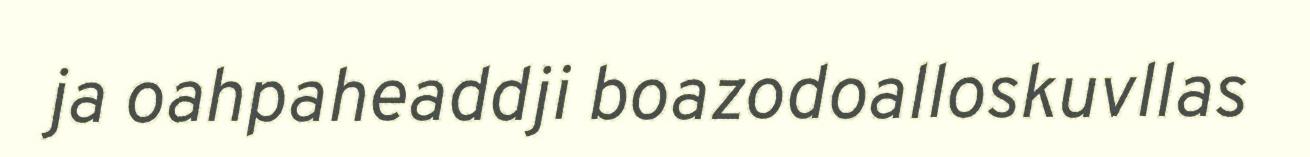
ja oahpaheaddji boazodoalloskuvllas